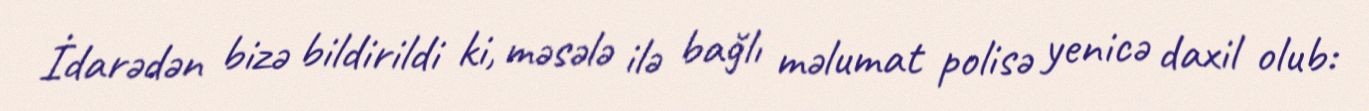
İdarədən bizə bildirildi ki, məsələ ilə bağlı məlumat polisə yenicə daxil olub: